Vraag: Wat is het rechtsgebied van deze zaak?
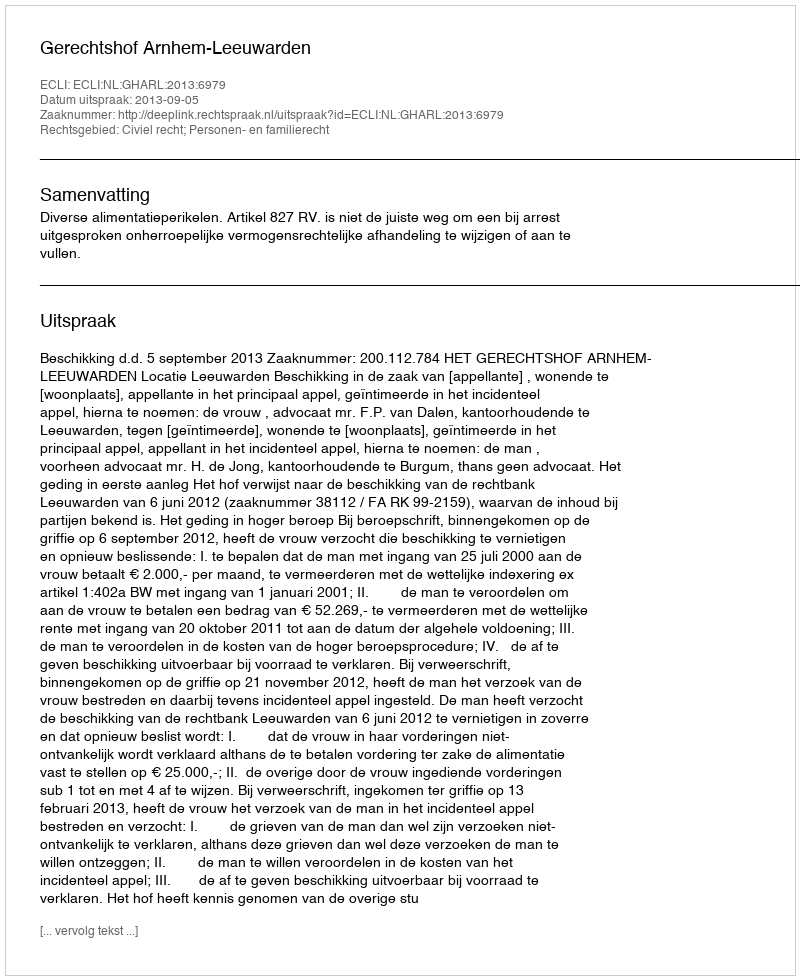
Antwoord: Civiel recht; Personen- en familierecht